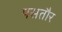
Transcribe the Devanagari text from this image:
पसतौर